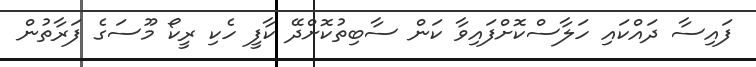
ފައިސާ ދައްކައި ހަލާސްކޮށްފައިވާ ކަން ސާބިތުކޮށްދޭ ކާފީ ހެކި ރީކޯ މޫސަގެ ފަރާތުން